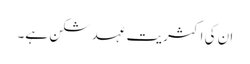
ان کی اکثریت عہد شکن ہے۔